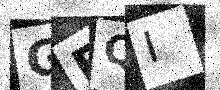
Text: GEQI